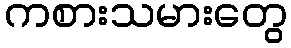
ကစားသမားတွေ